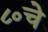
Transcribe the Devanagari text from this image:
८०चे